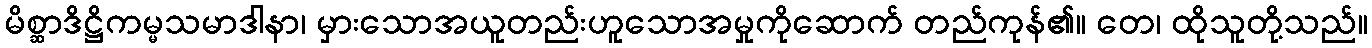
မိစ္ဆာဒိဋ္ဌိကမ္မသမာဒါနာ၊ မှားသောအယူတည်းဟူသောအမှုကိုဆောက် တည်ကုန်၏။ တေ၊ ထိုသူတို့သည်။